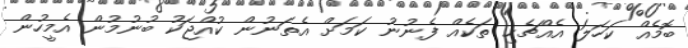
ބޮމެއް ކަހަލަ އެއްޗެހި ތަކެއް ފެނުނު ކަމަށް އެތަނުން ކުއްޖަކު ބުނުމުން އެމީހުން